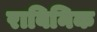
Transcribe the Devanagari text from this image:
राबिनिक